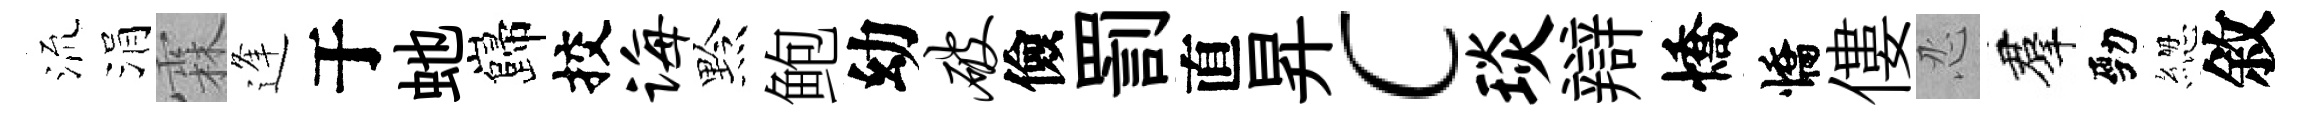
𣴑涓霖逢于虵巋挍诲黔鲍幼破儉罰直昇c琰辯憍憍僂忍羣勁緫敘